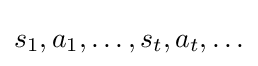
s_{1},a_{1},\ldots ,s_{t},a_{t},\ldots